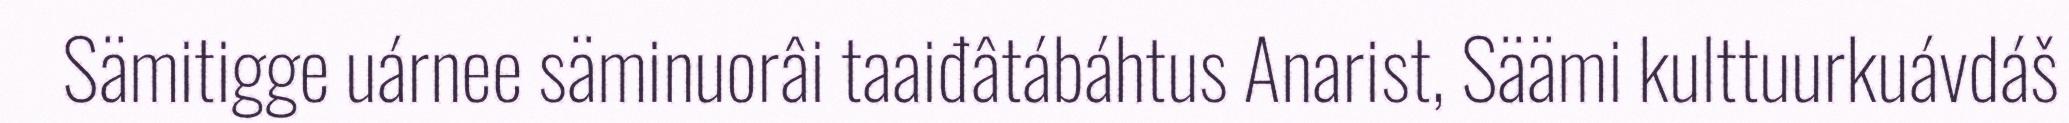
Sämitigge uárnee säminuorâi taaiđâtábáhtus Anarist, Säämi kulttuurkuávdáš